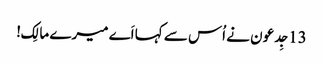
13جِدعو ن نے اُس سے کہا اَے میرے مالِک!